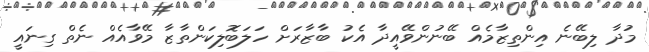
މުދާ ލިބޭނެ އިންތިޒާމެއް ބޭނުންވޭއީދާ އެކު ބާޒާރަށް ހަލަބޮލިކަންތާޒާ މޭވާއެއް ނެތް ގިނައީ